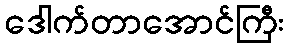
ဒေါက်တာအောင်ကြီး